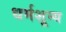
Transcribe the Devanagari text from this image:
धर्मशून्य